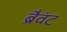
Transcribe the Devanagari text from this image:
ब्रैवंट